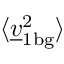
\langle \underline { { v } } _ { 1 \mathrm { b g } } ^ { 2 } \rangle